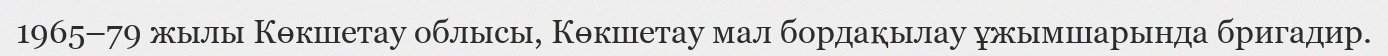
1965–79 жылы Көкшетау облысы, Көкшетау мал бордақылау ұжымшарында бригадир.